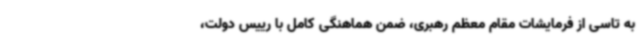
به تاسی از فرمایشات مقام معظم رهبری، ضمن هماهنگی کامل با رییس دولت،